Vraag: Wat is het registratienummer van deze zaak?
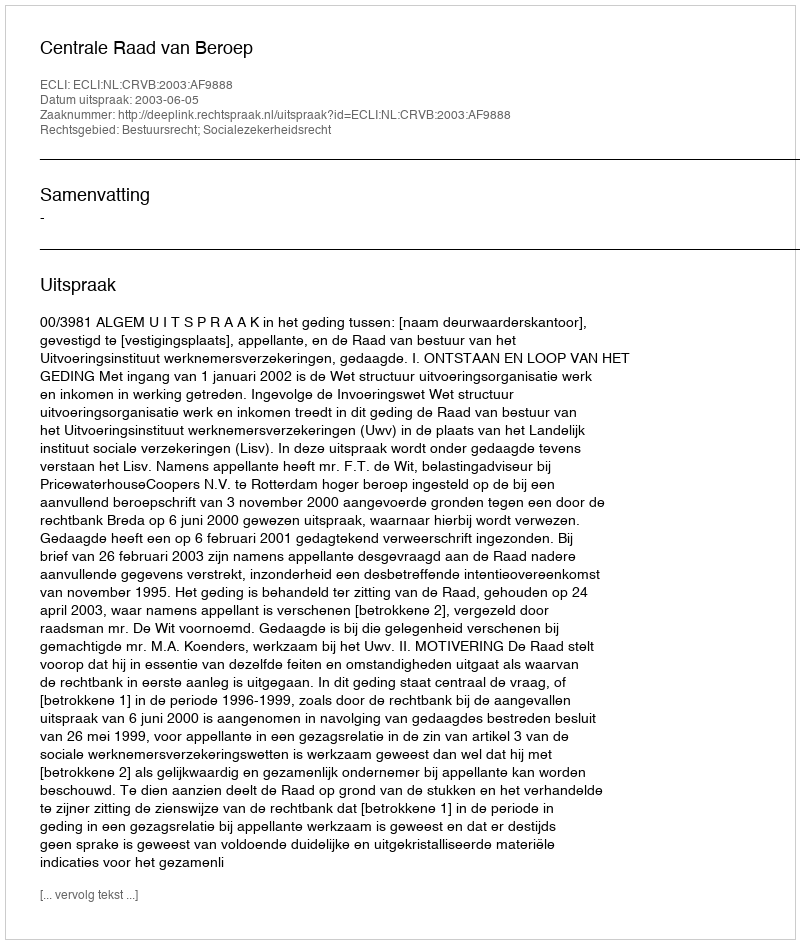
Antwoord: http://deeplink.rechtspraak.nl/uitspraak?id=ECLI:NL:CRVB:2003:AF9888